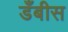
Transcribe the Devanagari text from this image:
डँबीस